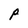
Character: p